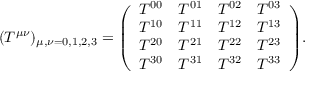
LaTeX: ( T ^ { \mu \nu } ) _ { \mu , \nu = 0 , 1 , 2 , 3 } = { \left( \begin{array} { l l l l } { T ^ { 0 0 } } & { T ^ { 0 1 } } & { T ^ { 0 2 } } & { T ^ { 0 3 } } \\ { T ^ { 1 0 } } & { T ^ { 1 1 } } & { T ^ { 1 2 } } & { T ^ { 1 3 } } \\ { T ^ { 2 0 } } & { T ^ { 2 1 } } & { T ^ { 2 2 } } & { T ^ { 2 3 } } \\ { T ^ { 3 0 } } & { T ^ { 3 1 } } & { T ^ { 3 2 } } & { T ^ { 3 3 } } \end{array} \right) } .